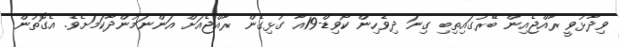
ވިދާޅުވީ ރާއްޖެއިން ބޭރުގައިތިބި ގިނަ ދިވެހިން ކޯވިޑް-19އާ ގުޅިގެން ރާއްޖެއަށް އަންނަމުންދާކަމަށެވެ. އެގޮތުން